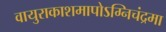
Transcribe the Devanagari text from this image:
वायुराकाशमापोऽग्‍निचंद्रमा